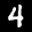
Label: 4